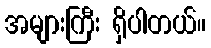
အများကြီး ရှိပါတယ်။